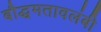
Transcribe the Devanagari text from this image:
बौद्धमतावलंबी